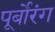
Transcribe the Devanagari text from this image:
पूर्बोरंग